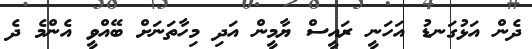
ދެން އަޅުގަނޑު އަހަނީ ރައީސް ޔާމީން އަދި މިހާތަނަށް ބޭއްވީ އެންމެ ދެ